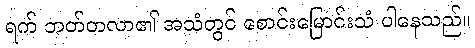
ရက် ဘတ်တလာ၏ အသံတွင် စောင်းမြောင်းသံ ပါနေသည်။